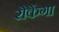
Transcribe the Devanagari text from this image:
रोकेंगा